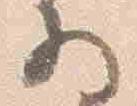
将